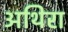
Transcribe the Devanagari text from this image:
अथिरा